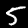
Digit: 5